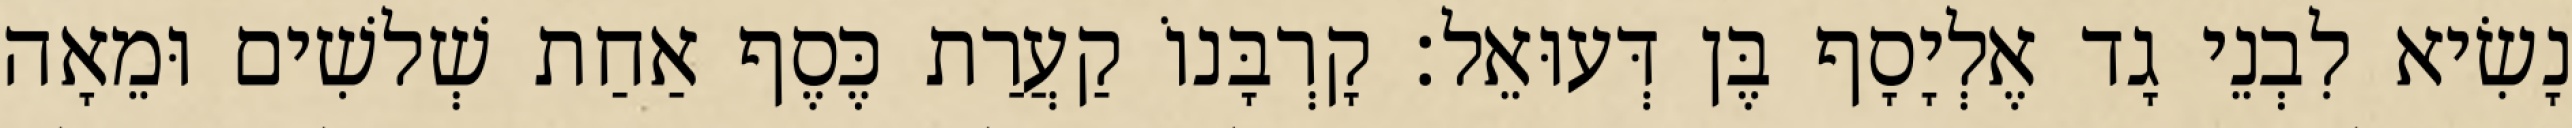
נָשִׂיא לִבְנֵי גָד אֶלְיָסָף בֶּן דְּעוּאֵל׃ קָרְבָּנוֹ קַעֲרַת כֶּסֶף אַחַת שְׁלשִׁים וּמֵאָה